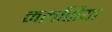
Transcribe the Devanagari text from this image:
मलसिया